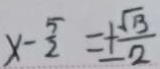
x - \frac { 5 } { 2 } = \pm \frac { \sqrt { 1 3 } } { 2 }